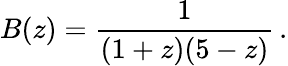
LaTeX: B(z)={\frac{1}{(1+z)(5-z)}}\, .